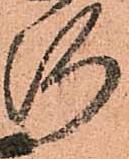
河